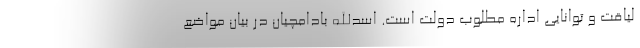
لیاقت و توانایی اداره مطلوب دولت است. اسدالله بادامچیان در بیان مواضع